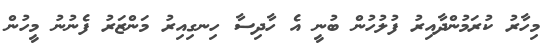
މިހާރު ކުރަމުންދާއިރު ފުލުހުން ބުނީ އެ ހާދިސާ ހިނގިއިރު މަންޒަރު ފެނުނު މީހުން